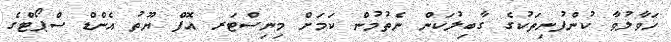
ހަވާލުވާ ކުންފުނިތަކުގެ ގާބިލުކަން ނެތުމުން ކަމަށް މިނިސްޓަރ އޮފް ޔޫތު އެންޑް ސްޕޯޓްގެ